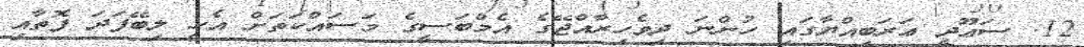
12. ސަޢޫދީ ޢަރަބިއްޔާގައި ހުންނަ ދިވެހިރާއްޖޭގެ އެމްބަސީގެ މަސައްކަތަށް އެހީ ލިބޭފަދަ ފޮތާއި